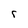
Character: r